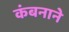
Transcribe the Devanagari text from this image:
कंबनाने